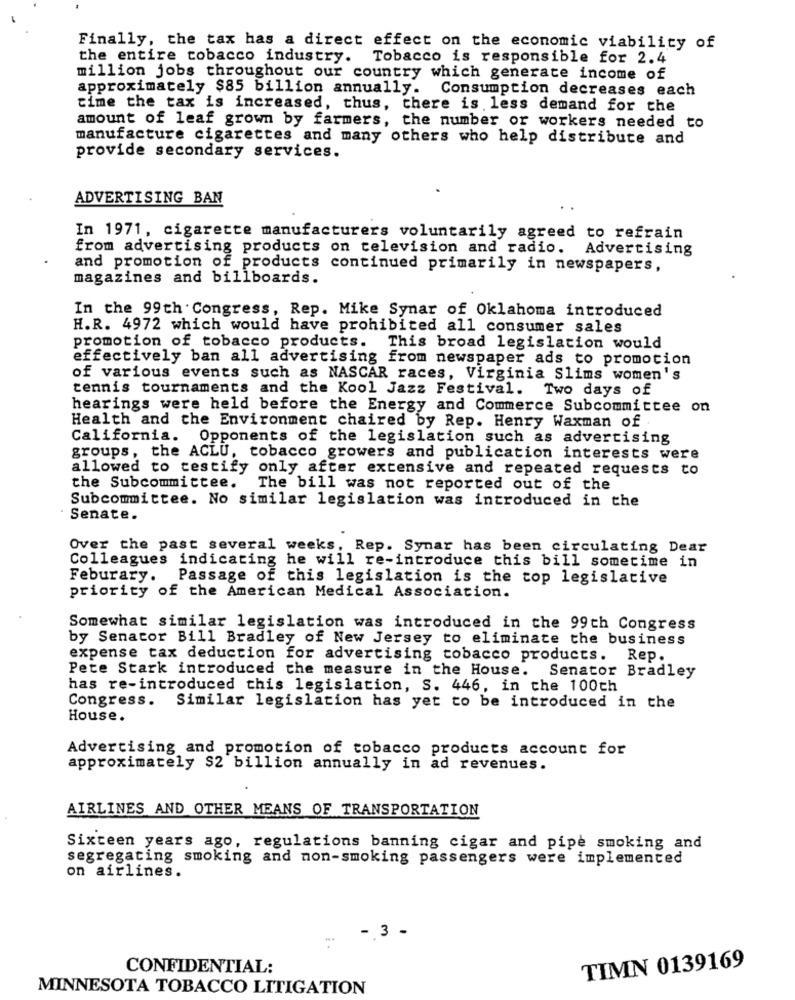
Finally, the tax has a direct effect on the economic viability of
the entire tobacco industry. Tobacco is responsible for 2.4
million jobs throughout our country which generate income of
approximately $85 billion annually.
Consumption decreases each
time the tax is increased, thus, there is less demand for the
amount of leaf grown by farmers, the number or workers needed to
manufacture cigarettes and many others who help distribute and
provide secondary services.
ADVERTISING BAN
In 1971, cigarette manufacturers voluntarily agreed to refrain
from advertising products on television and radio. Advertising
and promotion of products continued primarily in newspapers,
magazines and billboards.
In the 99th Congress, Rep. Mike Synar of Oklahoma introduced
H.R. 4972 which would have prohibited all consumer sales
promotion of tobacco products.
This broad legislation would
effectively ban all advertising from newspaper ads to promotion
of various events such as NASCAR races, Virginia Slims women's
tennis tournaments and the Kool Jazz Festival. Two days of
hearings were held before the Energy and Commerce Subcommittee on
Health and the Environment chaired by Rep. Henry Waxman of
California. Opponents of the legislation such as advertising
groups, the ACLU, tobacco growers and publication interests were
allowed to testify only after extensive and repeated requests to
the Subcommittee.
The bill was not reported out of the
Subcommittee. No similar legislation was introduced in the
Senate.
Over the past several weeks, Rep. Synar has been circulating Dear
Colleagues indicating he will re-introduce this bill sometime in
Feburary. Passage of this legislation is the top legislative
priority of the American Medical Association.
Somewhat similar legislation was introduced in the 99th Congress
by Senator Bill Bradley of New Jersey to eliminate the business
expense tax deduction for advertising tobacco products. Rep.
Pete Stark introduced the measure in the House. Senator Bradley
has re-introduced this legislation, S. 446, in the 100th
Congress. Similar legislation has yet to be introduced in the
House.
Advertising and promotion of tobacco products account for
approximately $2 billion annually in ad revenues.
AIRLINES AND OTHER MEANS OF TRANSPORTATION
Sixteen years ago, regulations banning cigar and pipe smoking and
segregating smoking and non-smoking passengers were implemented
on airlines.
- 3 -
CONFIDENTIAL:
TIMN 0139169
MINNESOTA TOBACCO LITIGATION